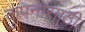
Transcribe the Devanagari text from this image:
कुंपनासाठी